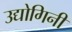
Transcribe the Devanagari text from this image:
उद्योगिनी